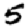
Digit: 5